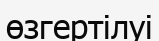
өзгертілуі